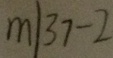
m \vert 3 7 - 2